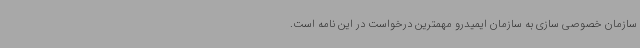
سازمان خصوصی سازی به سازمان ایمیدرو مهمترین درخواست در این نامه است.